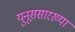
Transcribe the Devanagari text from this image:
युनूससारख्या